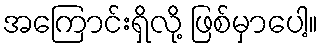
အကြောင်းရှိလို့ ဖြစ်မှာပေါ့။